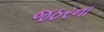
જઠરના